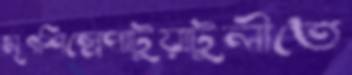
মৃৎশিল্পেপাটুয়াটুলীতে